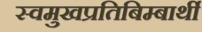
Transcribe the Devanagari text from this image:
स्वमुखप्रतिबिम्बार्थी